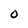
Character: 0